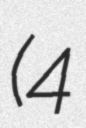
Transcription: (4